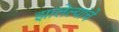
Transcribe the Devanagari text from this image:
झालेल्यांचे